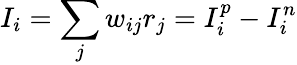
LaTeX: I_{i}=\sum_{j}w_{ij}r_{j}=I_{i}^{p}-I_{i}^{n}